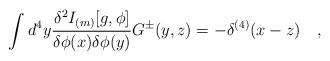
LaTeX: \begin{align*}\int d^4y{\delta^2 I_{(m)}[g,\phi] \over \delta \phi(x)\delta\phi(y)}G^{\pm}(y,z)= -\delta^{(4)}(x-z)~~~,\end{align*}